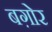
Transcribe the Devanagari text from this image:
बग़ोर